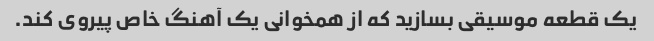
یک قطعه موسیقی بسازید که از همخوانی یک آهنگ خاص پیروی کند.